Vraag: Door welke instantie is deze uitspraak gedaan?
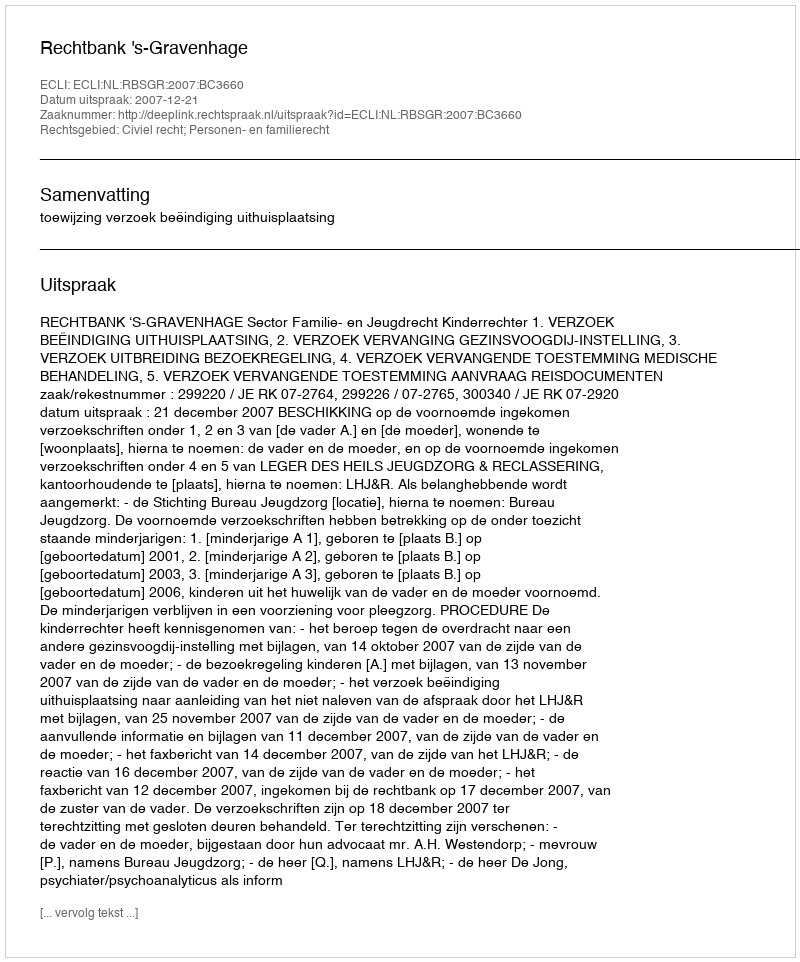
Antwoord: Rechtbank 's-Gravenhage